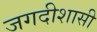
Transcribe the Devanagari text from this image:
जगदीशासी